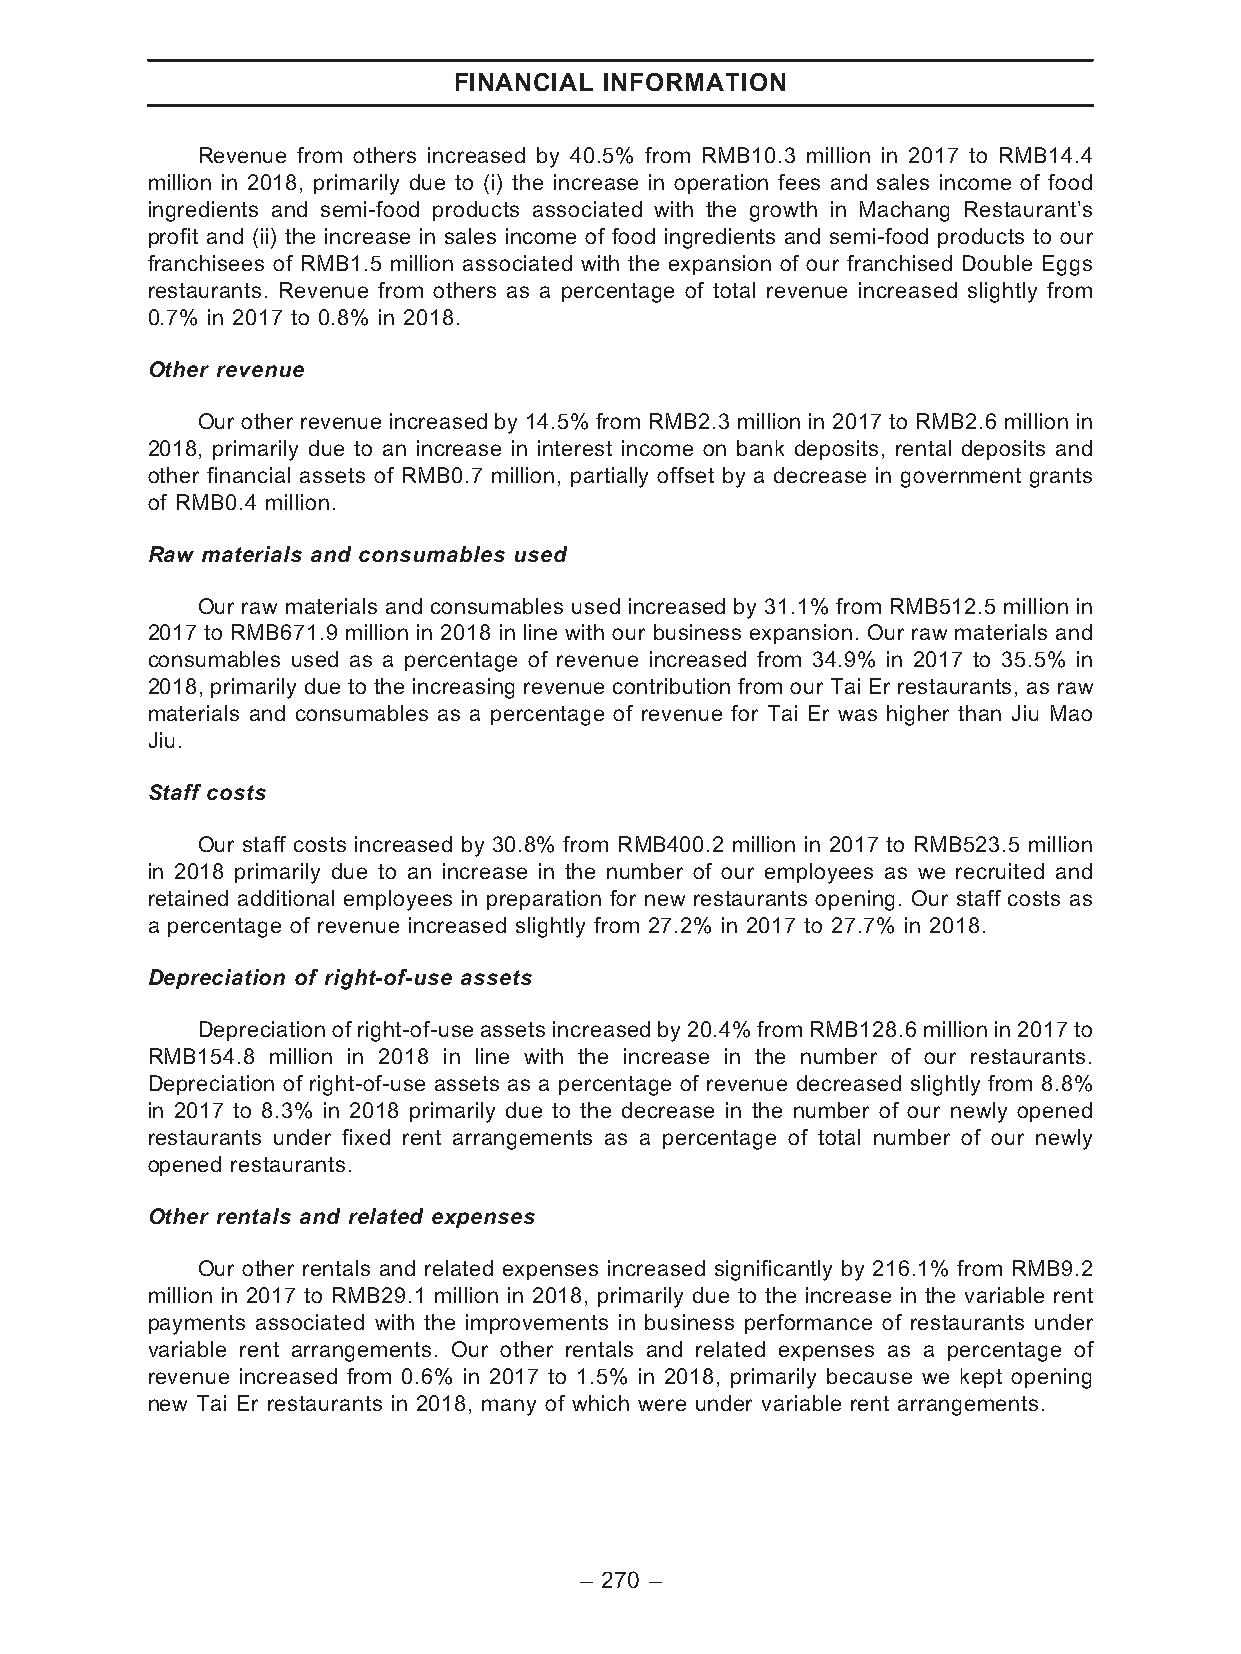
FINANCIAL INFORMATION
 Revenue from others increased by 40.5% from RMB10.3 million in 2017 to RMB14.4
 million in 2018, primarily due to (i) the increase in operation fees and sales income of food
 ingredients and semi-food products associated with the growth in Machang Restaurant’s
 profit and (ii) the increase in sales income of food ingredients and semi-food products to our
 franchisees of RMB1.5 million associated with the expansion of our franchised Double Eggs
 restaurants. Revenue from others as a percentage of total revenue increased slightly from
 0.7% in 2017 to 0.8% in 2018.
 Other revenue
 Our other revenue increased by 14.5% from RMB2.3 million in 2017 to RMB2.6 million in
 2018, primarily due to an increase in interest income on bank deposits, rental deposits and
 other financial assets of RMB0.7 million, partially offset by a decrease in government grants
 of RMB0.4 million.
 Raw materials and consumables used
 Our raw materials and consumables used increased by 31.1% from RMB512.5 million in
 2017 to RMB671.9 million in 2018 in line with our business expansion. Our raw materials and
 consumables used as a percentage of revenue increased from 34.9% in 2017 to 35.5% in
 2018, primarily due to the increasing revenue contribution from our Tai Er restaurants, as raw
 materials and consumables as a percentage of revenue for Tai Er was higher than Jiu Mao
 Jiu.
 Staff costs
 Our staff costs increased by 30.8% from RMB400.2 million in 2017 to RMB523.5 million
 in 2018 primarily due to an increase in the number of our employees as we recruited and
 retained additional employees in preparation for new restaurants opening. Our staff costs as
 a percentage of revenue increased slightly from 27.2% in 2017 to 27.7% in 2018.
 Depreciation of right-of-use assets
 Depreciationofright-of-useassetsincreasedby20.4%fromRMB128.6millionin2017to
 RMB154.8 million in 2018 in line with the increase in the number of our restaurants.
 Depreciation of right-of-use assets as a percentage of revenue decreased slightly from 8.8%
 in 2017 to 8.3% in 2018 primarily due to the decrease in the number of our newly opened
 restaurants under fixed rent arrangements as a percentage of total number of our newly
 opened restaurants.
 Other rentals and related expenses
 Our other rentals and related expenses increased significantly by 216.1% from RMB9.2
 million in 2017 to RMB29.1 million in 2018, primarily due to the increase in the variable rent
 payments associated with the improvements in business performance of restaurants under
 variable rent arrangements. Our other rentals and related expenses as a percentage of
 revenue increased from 0.6% in 2017 to 1.5% in 2018, primarily because we kept opening
 new Tai Er restaurants in 2018, many of which were under variable rent arrangements.
 – 270 –